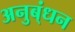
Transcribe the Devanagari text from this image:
अनुब्ंधन